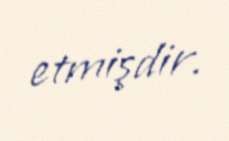
etmişdir.